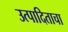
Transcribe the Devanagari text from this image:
उत्पादिताचा